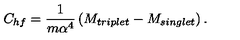
C _ { h f } = \frac { 1 } { m \alpha ^ { 4 } } \left( M _ { t r i p l e t } - M _ { s i n g l e t } \right) .